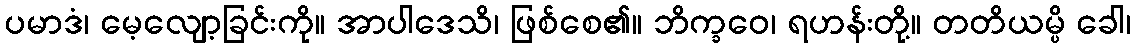
ပမာဒံ၊ မေ့လျော့ခြင်းကို။ အာပါဒေသိ၊ ဖြစ်စေ၏။ ဘိက္ခဝေ၊ ရဟန်းတို့။ တတိယမ္ပိ ခေါ၊